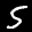
Label: 5